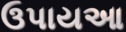
ઉપાયઆ